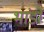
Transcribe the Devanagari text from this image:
भांडो